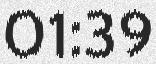
01:39